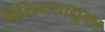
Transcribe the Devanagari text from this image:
विशिष्टतायुक्त